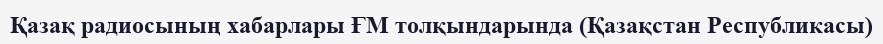
Қазақ радиосының хабарлары ҒМ толқындарында (Қазақстан Республикасы)